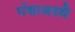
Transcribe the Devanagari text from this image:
पंचामध्ये